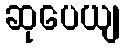
ဆုပေယျ